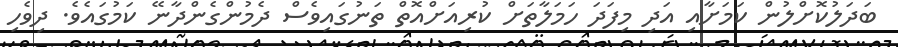
ބަދަލުކޮށްލުން ކަމަށާއި އަދި މިފަދަ ހަމަލާތަށް ކުރިއަށްއޮތް ތަނުގައިވެސް ދެމުންގެންދާނޭ ކަމުގައެވެ. ދިވެހި